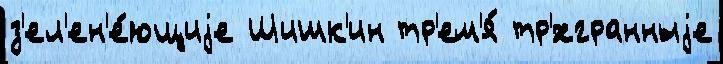
з'ел'ен'е́ющиjе Шишк'ин тр'ем'я́ тр'́хгранныjе